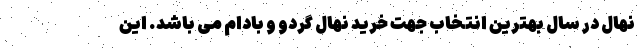
نهال در سال بهترین انتخاب جهت خرید نهال گردو و بادام می باشد. این